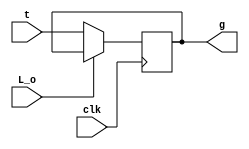
module out(L_o,clk,t,g);
	input L_o; 
	input clk; 
	input [7:0] t;
	output reg [7:0] g; 
	always @(posedge clk)
		begin
			if (L_o==0)
				begin
					g<=t;
				end
		  else 
				begin
					g<=g; 
				end 
		end 
endmodule